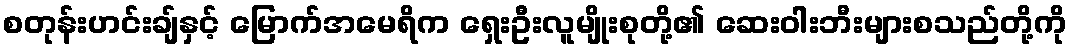
စတုန်းဟင်းချ်နှင့် မြောက်အမေရိက ရှေးဦးလူမျိုးစုတို့၏ ဆေးဝါးဘီးများစသည်တို့ကို